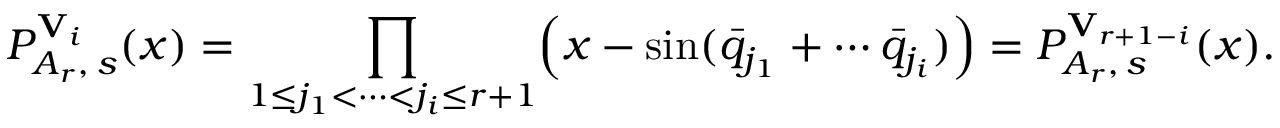
P _ { A _ { r } , \, s } ^ { { \bf V } _ { i } } ( x ) = \prod _ { 1 \leq j _ { 1 } < \cdots < j _ { i } \leq r + 1 } \Bigl ( x - \sin ( \bar { q } _ { j _ { 1 } } + \cdots \bar { q } _ { j _ { i } } ) \Bigr ) = P _ { A _ { r } , \, s } ^ { { \bf V } _ { r + 1 - i } } ( x ) .